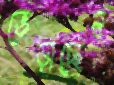
ভেড়াচ্ছেন